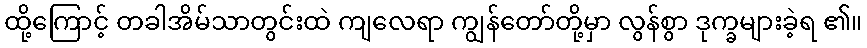
ထို့ကြောင့် တခါအိမ်သာတွင်းထဲ ကျလေရာ ကျွန်တော်တို့မှာ လွန်စွာ ဒုက္ခများခဲ့ရ ၏။